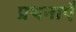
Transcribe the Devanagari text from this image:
प्रथनाएँ